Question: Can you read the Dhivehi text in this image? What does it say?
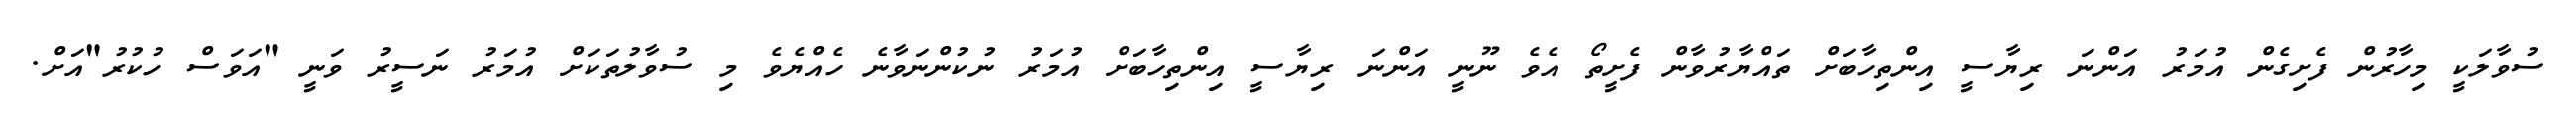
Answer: ސުވާލަކީ މިހާރުން ފެށިގެން އުމަރު އަންނަ ރިޔާސީ އިންތިހާބަށް ތައްޔާރުވާން ފެށީތޯ އެވެ ނޫނީ އަންނަ ރިޔާސީ އިންތިހާބަށް އުމަރު ނުކުންނަވާނެ ހެއްޔެވެ މި ސުވާލުތަކަށް އުމަރު ނަސީރު ވަނީ "އަވަސް ހުކުރު"އަށް.